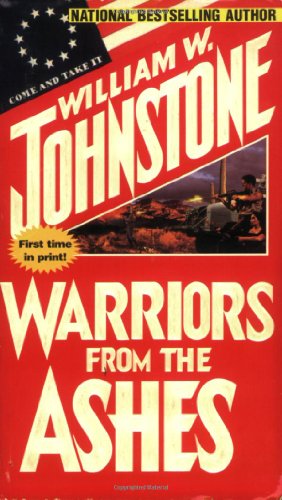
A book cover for Warriors From The Ashes (Geotechnical Special Publication); William Johnstone; Literature & Fiction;